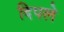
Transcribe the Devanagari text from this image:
दिपले